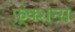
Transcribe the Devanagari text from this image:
फ़्रेक्शन्स